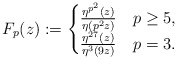
\begin{align*} F_{p}(z):=\begin{cases}\frac{\eta^{p^2}(z)}{\eta(p^2z)} &p\geq 5, \\\frac{\eta^{27}(z)}{\eta^3(9z)} &p=3. \end{cases}\end{align*}